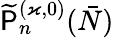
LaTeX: \widetilde{\mathsf{P}}_{n}^{(\varkappa,0)}(\bar{N})